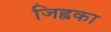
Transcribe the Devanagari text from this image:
जिह्वका